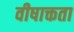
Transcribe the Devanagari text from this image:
वीषाक्तता